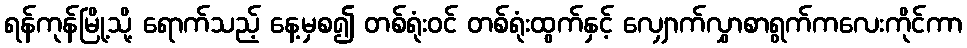
ရန်ကုန်မြို့သို့ ရောက်သည့် နေ့မှစ၍ တစ်ရုံးဝင် တစ်ရုံးထွက်နှင့် လျှောက်လွှာစာရွက်ကလေးကိုင်ကာ